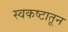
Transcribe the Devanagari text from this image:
स्वकष्टातून